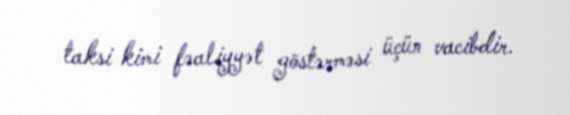
taksi kimi fəaliyyət göstərməsi üçün vacibdir.